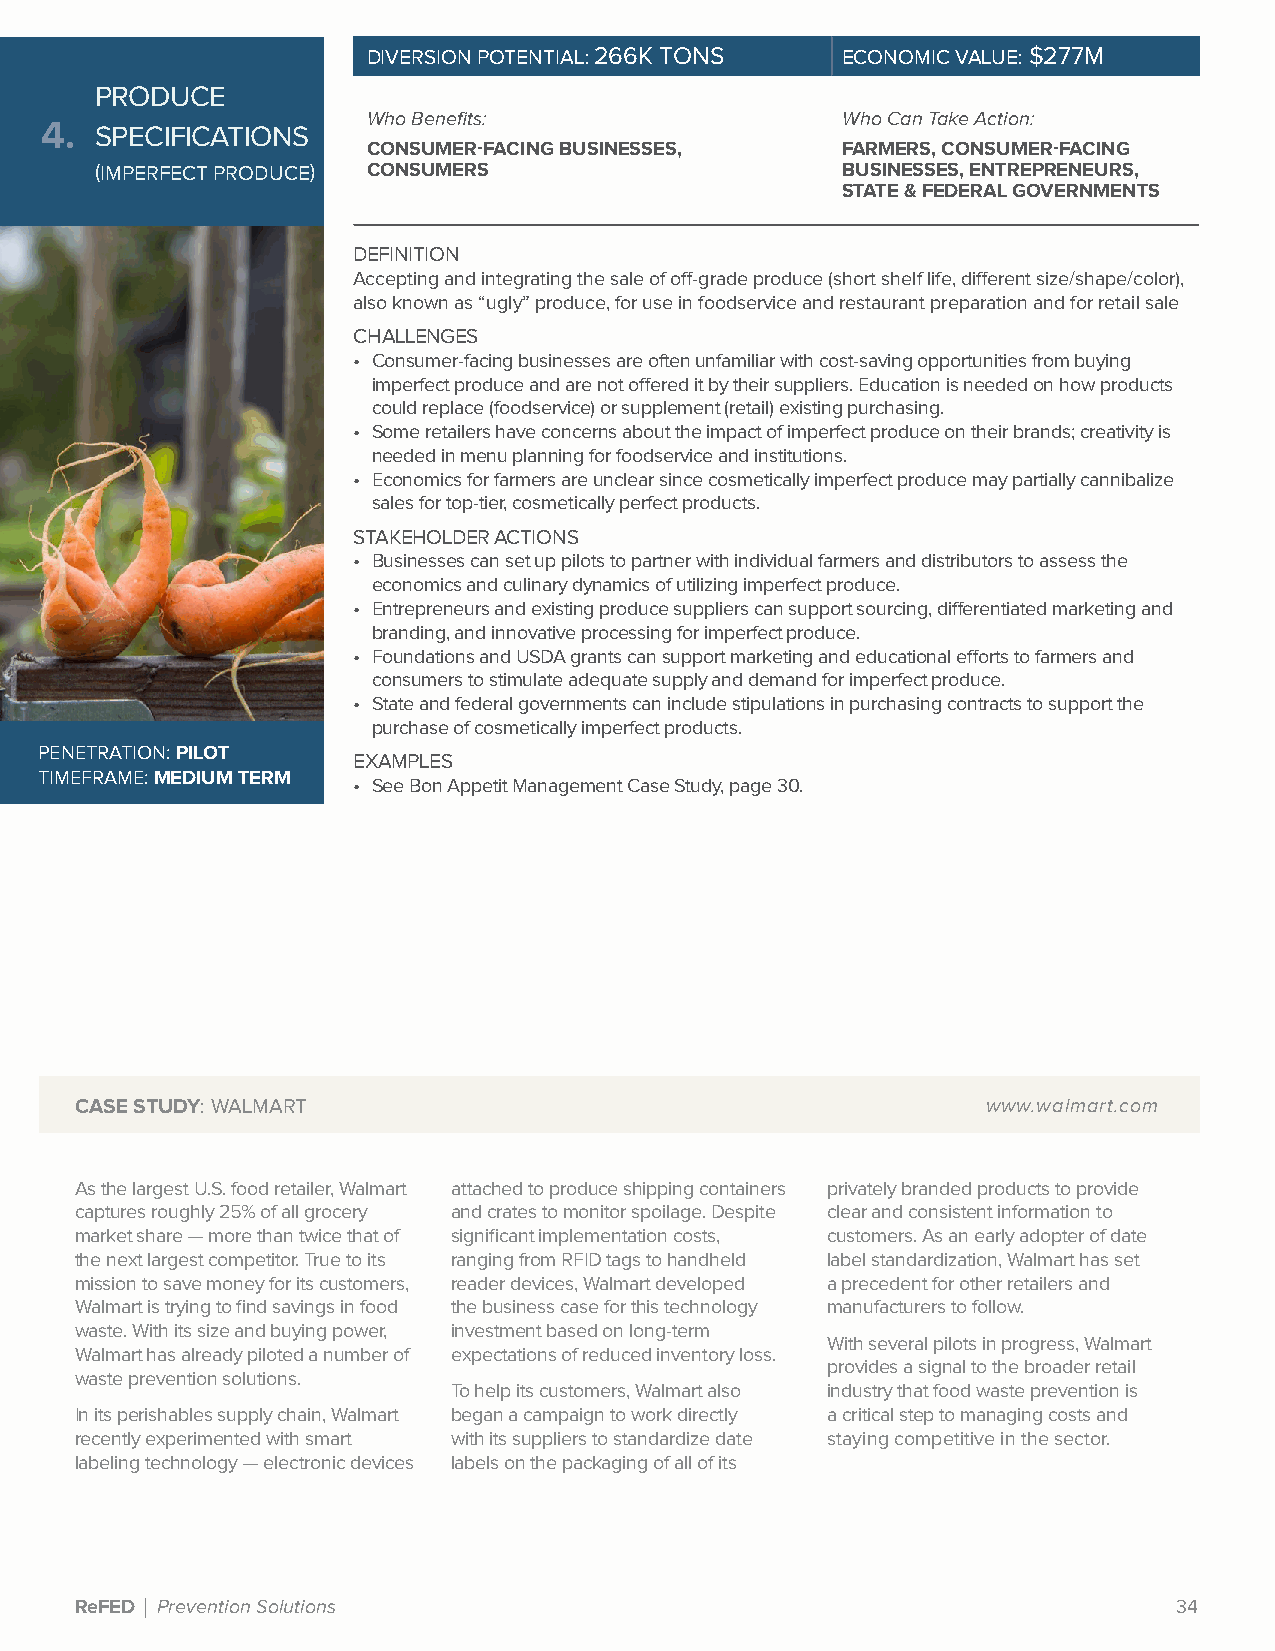
DIVERSION POTENTIAL: 266K TONS  ECONOMIC VALUE: $277M
 PRODUCE
 Who Benefits:                   Who Can Take Action:
 4. SPECIFICATIONS
 CONSUMER-FACING BUSINESSES,     FARMERS, CONSUMER-FACING
 (IMPERFECT PRODUCE) CONSUMERS                     BUSINESSES, ENTREPRENEURS,
 STATE & FEDERAL GOVERNMENTS
 DEFINITION
 Accepting and integrating the sale of off-grade produce (short shelf life, different size/shape/color),
 also known as “ugly” produce, for use in foodservice and restaurant preparation and for retail sale
 CHALLENGES
 • Consumer-facing businesses are often unfamiliar with cost-saving opportunities from buying
 imperfect produce and are not offered it by their suppliers. Education is needed on how products
 could replace (foodservice) or supplement (retail) existing purchasing.
 • Some retailers have concerns about the impact of imperfect produce on their brands; creativity is
 needed in menu planning for foodservice and institutions.
 • Economics for farmers are unclear since cosmetically imperfect produce may partially cannibalize
 sales for top-tier, cosmetically perfect products.
 STAKEHOLDER ACTIONS
 • Businesses can set up pilots to partner with individual farmers and distributors to assess the
 economics and culinary dynamics of utilizing imperfect produce.
 • Entrepreneurs and existing produce suppliers can support sourcing, differentiated marketing and
 branding, and innovative processing for imperfect produce.
 • Foundations and USDA grants can support marketing and educational efforts to farmers and
 consumers to stimulate adequate supply and demand for imperfect produce.
 • State and federal governments can include stipulations in purchasing contracts to support the
 purchase of cosmetically imperfect products.
 PENETRATION: PILOT
 EXAMPLES
 TIMEFRAME: MEDIUM TERM
 • See Bon Appetit Management Case Study, page 30.
 CASE STUDY: WALMART                                         www.walmart.com
 As the largest U.S. food retailer, Walmart attached to produce shipping containers privately branded products to provide
 captures roughly 25% of all grocery and crates to monitor spoilage. Despite clear and consistent information to
 market share — more than twice that of significant implementation costs, customers. As an early adopter of date
 the next largest competitor. True to its ranging from RFID tags to handheld label standardization, Walmart has set
 mission to save money for its customers, reader devices, Walmart developed a precedent for other retailers and
 Walmart is trying to find savings in food the business case for this technology manufacturers to follow.
 waste. With its size and buying power, investment based on long-term
 With several pilots in progress, Walmart
 Walmart has already piloted a number of expectations of reduced inventory loss.
 provides a signal to the broader retail
 waste prevention solutions.
 To help its customers, Walmart also industry that food waste prevention is
 In its perishables supply chain, Walmart began a campaign to work directly a critical step to managing costs and
 recently experimented with smart with its suppliers to standardize date staying competitive in the sector.
 labeling technology — electronic devices labels on the packaging of all of its
 ReFED | Prevention Solutions                                             34